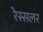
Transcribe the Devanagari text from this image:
रेस्सलर